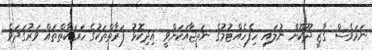
ނަމަވެސް ގާޒީ ދޫކޮށް ނުލައި ހިފެހެއްޓުމުގެ ނަތީޖާއަކަށްވީ އިދިކޮޅު ފަރާތްތަކުގެ ހަރަކާތްތައް ވަރުގަދަވެ